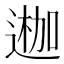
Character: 𨔣